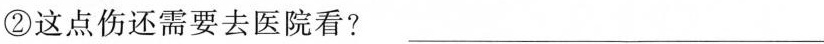
②这点伤还需要去医院看?___